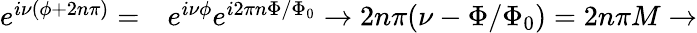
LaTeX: \begin{array}{rl}{e^{i\nu(\phi+2n\pi)}=}&{{}e^{i\nu\phi}e^{i2\pi n\Phi/\Phi_{0}}\to 2n\pi(\nu-\Phi/\Phi_{0})=2n\pi M\to}\end{array}